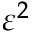
\varepsilon ^ { 2 }